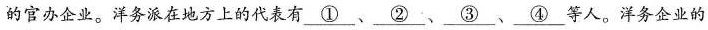
的官办企业。洋务派在地方上的代表有\underline①、\underline②、\underline③、\underline④等人。洋务企业的